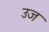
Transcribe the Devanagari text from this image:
उज